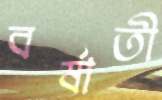
বর্ষাতী